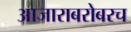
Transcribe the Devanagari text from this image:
आजाराबरोबरच